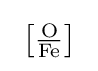
\ \left[{\tfrac {{\ce {O}}}{{\ce {Fe}}}}\right]\